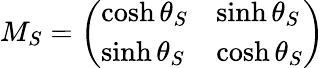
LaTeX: M_{S}=\left(\begin{array}{ll}{{\cosh\theta_{S}}}&{{\sinh\theta_{S}}}\\ {{\sinh\theta_{S}}}&{{\cosh\theta_{S}}}\end{array}\right)